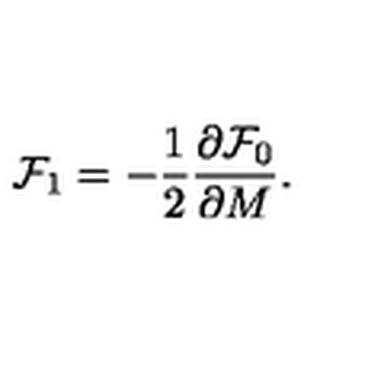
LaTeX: { \cal F } _ { 1 } = - \frac { 1 } { 2 } \frac { \partial { \cal F } _ { 0 } } { \partial M } .